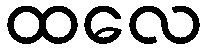
ထလေ